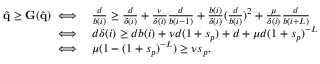
\begin{array} { r l } { \tilde { \mathbf { q } } \geq \mathbf { G } ( \tilde { \mathbf { q } } ) \iff } & { \frac { d } { b ( i ) } \geq \frac { d } { \delta ( i ) } + \frac { \nu } { \delta ( i ) } \frac { d } { b ( i - 1 ) } + \frac { b ( i ) } { \delta ( i ) } ( \frac { d } { b ( i ) } ) ^ { 2 } + \frac { \mu } { \delta ( i ) } \frac { d } { b ( i + L ) } } \\ { \iff } & { d \delta ( i ) \geq d b ( i ) + \nu d ( 1 + s _ { p } ) + d + \mu d ( 1 + s _ { p } ) ^ { - L } } \\ { \iff } & { \mu ( 1 - ( 1 + s _ { p } ) ^ { - L } ) \geq \nu s _ { p } . } \end{array}